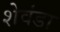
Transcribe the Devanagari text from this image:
शेवंडा